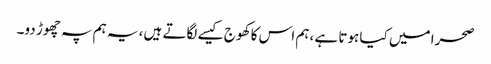
صحرا میں کیا ہوتا ہے ،ہم اس کا کھوج کیسے لگاتے ہیں، یہ ہم پہ چھوڑ دو۔